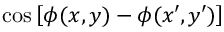
\cos \left[ \phi ( x , y ) - \phi ( x \prime , y \prime ) \right]